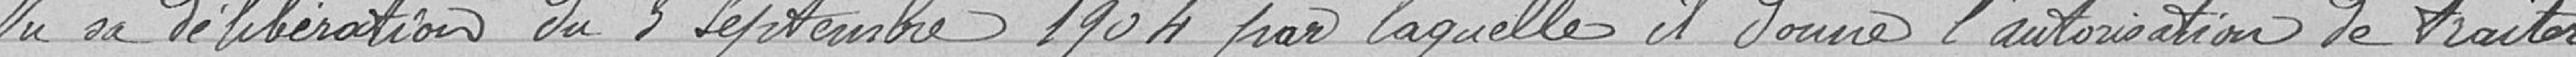
Vu sa délibération du 3 septembre 1904 par laquelle il donne l'autorisation de traiter